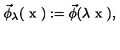
\vec { \phi } _ { \lambda } ( \textrm { x } ) : = \vec { \phi } ( \lambda \textrm { x } ) ,